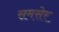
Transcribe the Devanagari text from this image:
समसेर